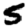
Digit: 5